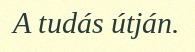
A tudás útján.